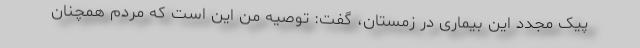
پیک مجدد این بیماری در زمستان، گفت: توصیه من این است که مردم همچنان